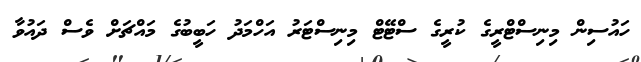
ހައުސިން މިނިސްޓްރީގެ ކުރީގެ ސްޓޭޓް މިނިސްޓަރު އަހްމަދު ހަބީބުގެ މައްޗަށް ވެސް ދައުވާ